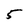
Character: 5